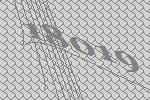
18019